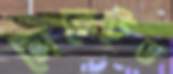
সেরেটেড